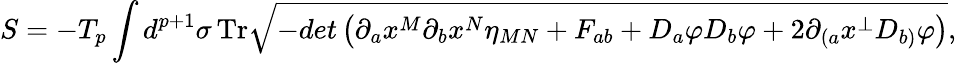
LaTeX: S=-T_{p}\int d^{p+1}\sigma\, \mathrm{Tr}\sqrt{-det\left(\partial_{a}x^{M}\partial_{b}x^{N}\eta_{MN}+F_{ab}+D_{a}\varphi D_{b}\varphi+2\partial_{(a}x^{\bot}D_{b)}\varphi\right)},